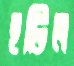
হটিল